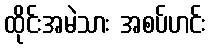
ထိုင်းအမဲသား အစပ်ဟင်း